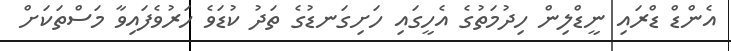
އެންޑް ޑްރައި ނީޑްލިން ހިދުމަތުގެ އެހީގައި ހަށިގަނޑުގެ ތަދު ކުޑަވެ ހަރުވެފައިވާ މަސްތަކަށް